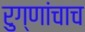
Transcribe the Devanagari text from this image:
रुग्णांचाच